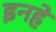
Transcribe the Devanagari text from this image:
इनहे